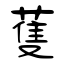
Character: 蒦